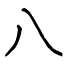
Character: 八